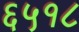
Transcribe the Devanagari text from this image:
६५१८